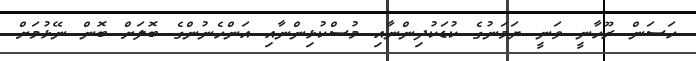
ހަސަން ރޫހާނީ ވަނީ ޔަމަނުގެ ކުޑަކުދިންނާއި މުސްކުޅިންނާއި އަންހެނުންގެ ބޮލަށް ބޮން ނޭޅުމަށް